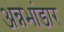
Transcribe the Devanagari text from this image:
अन्नभांडार